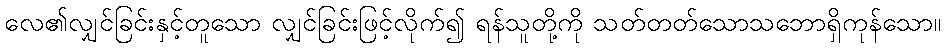
လေ၏လျှင်ခြင်းနှင့်တူသော လျှင်ခြင်းဖြင့်လိုက်၍ ရန်သူတို့ကို သတ်တတ်သောသဘောရှိကုန်သော။